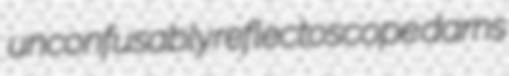
unconfusably reflectoscope darns